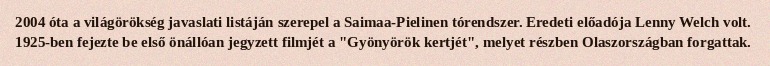
2004 óta a világörökség javaslati listáján szerepel a Saimaa-Pielinen tórendszer. Eredeti előadója Lenny Welch volt. 1925-ben fejezte be első önállóan jegyzett filmjét a "Gyönyörök kertjét", melyet részben Olaszországban forgattak.